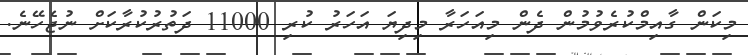
މިކަން ގާއިމްކުރެވުމުން ދެން މިއަހަރާ މިދިޔަ އަހަރު ކުރި 11000 ދަތުރުކުރާކަށް ނުޖެހޭނެ.